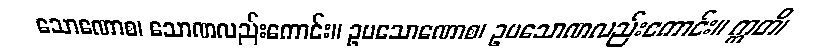
သောဏောစ၊ သောဏလည်းကောင်း။ ဥပသောဏောစ၊ ဥပသောဏလည်းကောင်း။ ဣတိ၊